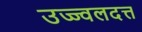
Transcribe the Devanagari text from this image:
उज्ज्वलदत्त